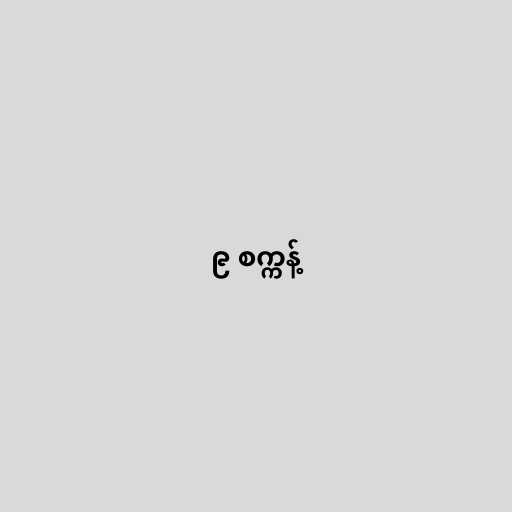
၉ စက္ကန့်